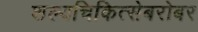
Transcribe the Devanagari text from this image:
शल्यचिकित्सेबरोबर